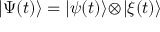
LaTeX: | \Psi ( t ) \rangle = | \psi ( t ) \rangle \! \otimes \! | \xi ( t ) \rangle